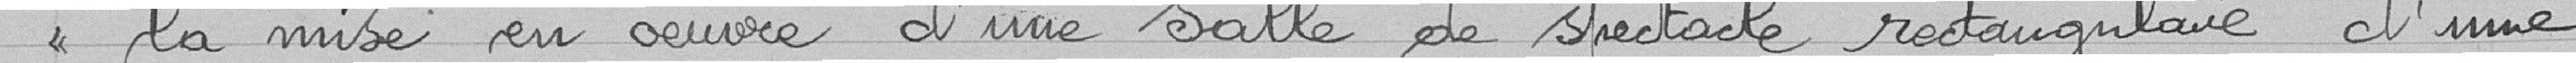
la mise en œuvre d'une salle de spectacle rectangulaire, d'une